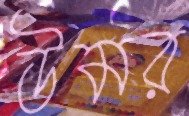
উমর